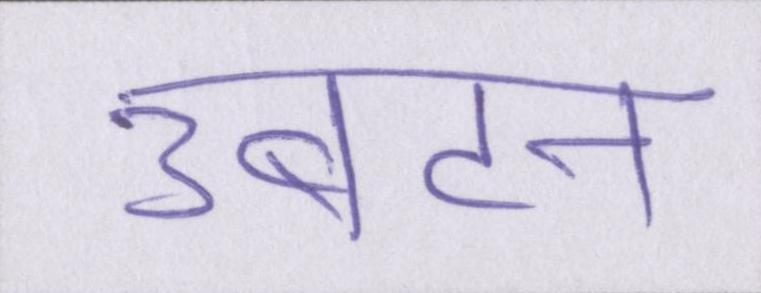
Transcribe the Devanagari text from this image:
उबटन